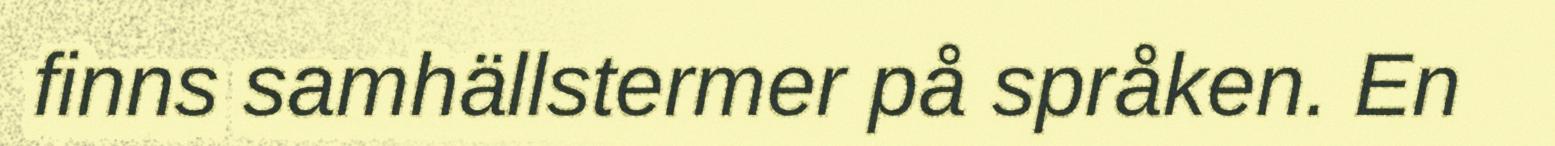
finns samhällstermer på språken. En